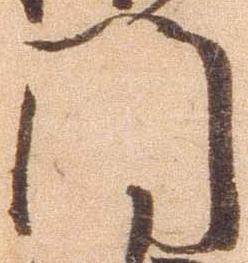
門